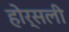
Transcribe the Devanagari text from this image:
होर्सली